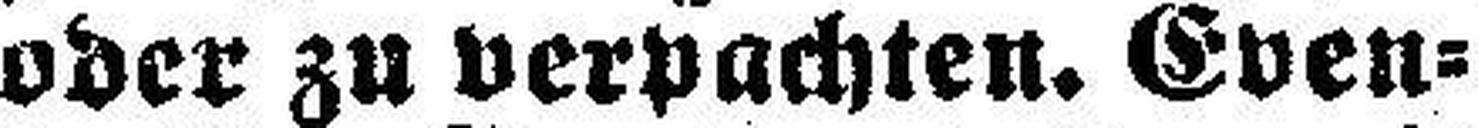
oder zu verpachten. Even¬